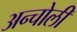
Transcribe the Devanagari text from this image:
अन्चोली